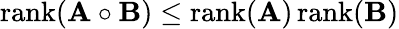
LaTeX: \operatorname{rank}(\mathbf{A}\circ\mathbf{B})\leq\operatorname{rank}(\mathbf{A})\operatorname{rank}(\mathbf{B})